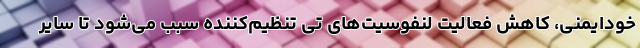
خودایمنی، کاهش فعالیت لنفوسیت‌های تی تنظیم‌کننده سبب می‌شود تا سایر